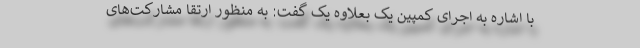
با اشاره به اجرای کمپین یک بعلاوه یک گفت: به منظور ارتقا مشارکت‌های